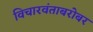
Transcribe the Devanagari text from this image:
विचारवंताबरोबर